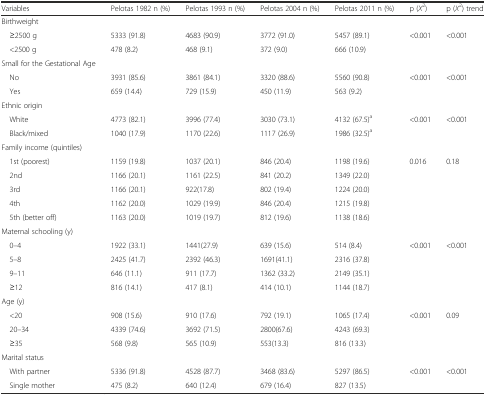
<table><thead><tr><td><b>Variables</b></td><td><b>Pelotas 1982 n (%)</b></td><td><b>Pelotas 1993 n (%)</b></td><td><b>Pelotas 2004 n (%)</b></td><td><b>Pelotas 2011 n (%)</b></td><td><b>p (<i>X</i><sup>2</sup>)</b></td><td><b>p (<i>X</i><sup>2</sup>) trend</b></td></tr></thead><tbody><tr><td>Birthweight</td><td></td><td></td><td></td><td></td><td></td><td></td></tr><tr><td> ≥2500 g</td><td>5333 (91.8)</td><td>4683 (90.9)</td><td>3772 (91.0)</td><td>5457 (89.1)</td><td>&lt;0.001</td><td>&lt;0.001</td></tr><tr><td> &lt;2500 g</td><td>478 (8.2)</td><td>468 (9.1)</td><td>372 (9.0)</td><td>666 (10.9)</td><td></td><td></td></tr><tr><td>Small for the Gestational Age</td><td></td><td></td><td></td><td></td><td></td><td></td></tr><tr><td> No</td><td>3931 (85.6)</td><td>3861 (84.1)</td><td>3320 (88.6)</td><td>5560 (90.8)</td><td>&lt;0.001</td><td>&lt;0.001</td></tr><tr><td> Yes</td><td>659 (14.4)</td><td>729 (15.9)</td><td>450 (11.9)</td><td>563 (9.2)</td><td></td><td></td></tr><tr><td>Ethnic origin</td><td></td><td></td><td></td><td></td><td></td><td></td></tr><tr><td> White</td><td>4773 (82.1)</td><td>3996 (77.4)</td><td>3030 (73.1)</td><td>4132 (67.5)<sup>a</sup></td><td>&lt;0.001</td><td>&lt;0.001</td></tr><tr><td> Black/mixed</td><td>1040 (17.9)</td><td>1170 (22.6)</td><td>1117 (26.9)</td><td>1986 (32.5)<sup>a</sup></td><td></td><td></td></tr><tr><td>Family income (quintiles)</td><td></td><td></td><td></td><td></td><td></td><td></td></tr><tr><td> 1st (poorest)</td><td>1159 (19.8)</td><td>1037 (20.1)</td><td>846 (20.4)</td><td>1198 (19.6)</td><td>0.016</td><td>0.18</td></tr><tr><td> 2nd</td><td>1166 (20.1)</td><td>1161 (22.5)</td><td>841 (20.2)</td><td>1349 (22.0)</td><td></td><td></td></tr><tr><td> 3rd</td><td>1166 (20.1)</td><td>922(17.8)</td><td>802 (19.4)</td><td>1224 (20.0)</td><td></td><td></td></tr><tr><td> 4th</td><td>1162 (20.0)</td><td>1029 (19.9)</td><td>846 (20.4)</td><td>1215 (19.8)</td><td></td><td></td></tr><tr><td> 5th (better off)</td><td>1163 (20.0)</td><td>1019 (19.7)</td><td>812 (19.6)</td><td>1138 (18.6)</td><td></td><td></td></tr><tr><td>Maternal schooling (y)</td><td></td><td></td><td></td><td></td><td></td><td></td></tr><tr><td> 0–4</td><td>1922 (33.1)</td><td>1441(27.9)</td><td>639 (15.6)</td><td>514 (8.4)</td><td>&lt;0.001</td><td>&lt;0.001</td></tr><tr><td> 5–8</td><td>2425 (41.7)</td><td>2392 (46.3)</td><td>1691(41.1)</td><td>2316 (37.8)</td><td></td><td></td></tr><tr><td> 9–11</td><td>646 (11.1)</td><td>911 (17.7)</td><td>1362 (33.2)</td><td>2149 (35.1)</td><td></td><td></td></tr><tr><td> ≥12</td><td>816 (14.1)</td><td>417 (8.1)</td><td>414 (10.1)</td><td>1144 (18.7)</td><td></td><td></td></tr><tr><td>Age (y)</td><td></td><td></td><td></td><td></td><td></td><td></td></tr><tr><td> &lt;20</td><td>908 (15.6)</td><td>910 (17.6)</td><td>792 (19.1)</td><td>1065 (17.4)</td><td>&lt;0.001</td><td>0.09</td></tr><tr><td> 20–34</td><td>4339 (74.6)</td><td>3692 (71.5)</td><td>2800(67.6)</td><td>4243 (69.3)</td><td></td><td></td></tr><tr><td> ≥35</td><td>568 (9.8)</td><td>565 (10.9)</td><td>553(13.3)</td><td>816 (13.3)</td><td></td><td></td></tr><tr><td>Marital status</td><td></td><td></td><td></td><td></td><td></td><td></td></tr><tr><td> With partner</td><td>5336 (91.8)</td><td>4528 (87.7)</td><td>3468 (83.6)</td><td>5297 (86.5)</td><td>&lt;0.001</td><td>&lt;0.001</td></tr><tr><td> Single mother</td><td>475 (8.2)</td><td>640 (12.4)</td><td>679 (16.4)</td><td>827 (13.5)</td><td></td><td></td></tr></tbody></table>